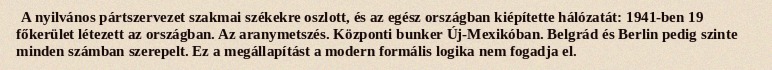
A nyilvános pártszervezet szakmai székekre oszlott, és az egész országban kiépítette hálózatát: 1941-ben 19 főkerület létezett az országban. Az aranymetszés. Központi bunker Új-Mexikóban. Belgrád és Berlin pedig szinte minden számban szerepelt. Ez a megállapítást a modern formális logika nem fogadja el.